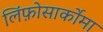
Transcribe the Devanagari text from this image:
लिंफ़ोसार्कोमा